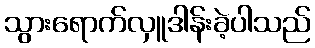
သွားရောက်လှူဒါန်းခဲ့ပါသည်